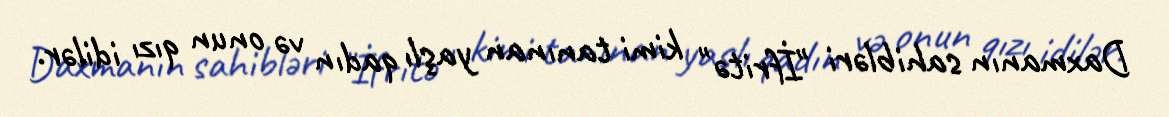
Daxmanın sahibləri "İfritə" kimi tanınan yaşlı qadın və onun qızı idilər.